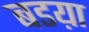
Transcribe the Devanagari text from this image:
बडय़ा